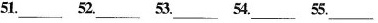
51.___52.___53.___54.___55.___